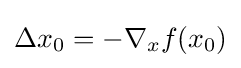
\Delta x_{0}=-\nabla _{x}f(x_{0})